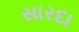
સારદા